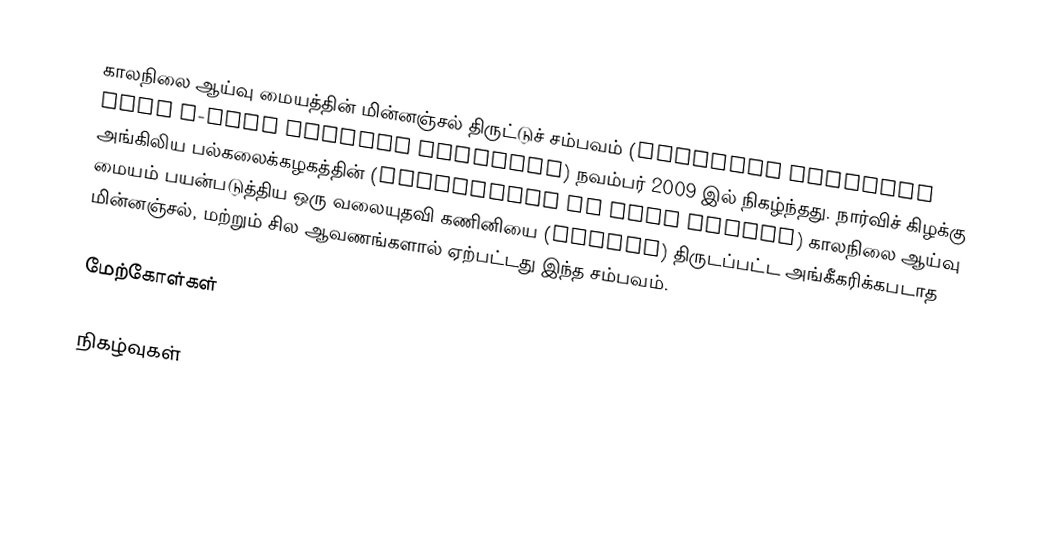
காலநிலை ஆய்வு மையத்தின் மின்னஞ்சல் திருட்டுச் சம்பவம் (Climatic Research Unit e-mail hacking incident) நவம்பர் 2009 இல் நிகழ்ந்தது. நார்விச் கிழக்கு அங்கிலிய பல்கலைக்கழகத்தின் (University of East Anglia) காலநிலை ஆய்வு மையம் பயன்படுத்திய ஒரு வலையுதவி கணினியை (Server) திருடப்பட்ட அங்கீகரிக்கபடாத மின்னஞ்சல், மற்றும் சில ஆவணங்களால் ஏற்பட்டது இந்த சம்பவம்.

மேற்கோள்கள்

நிகழ்வுகள்